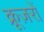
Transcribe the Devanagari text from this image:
क्रूज़रों